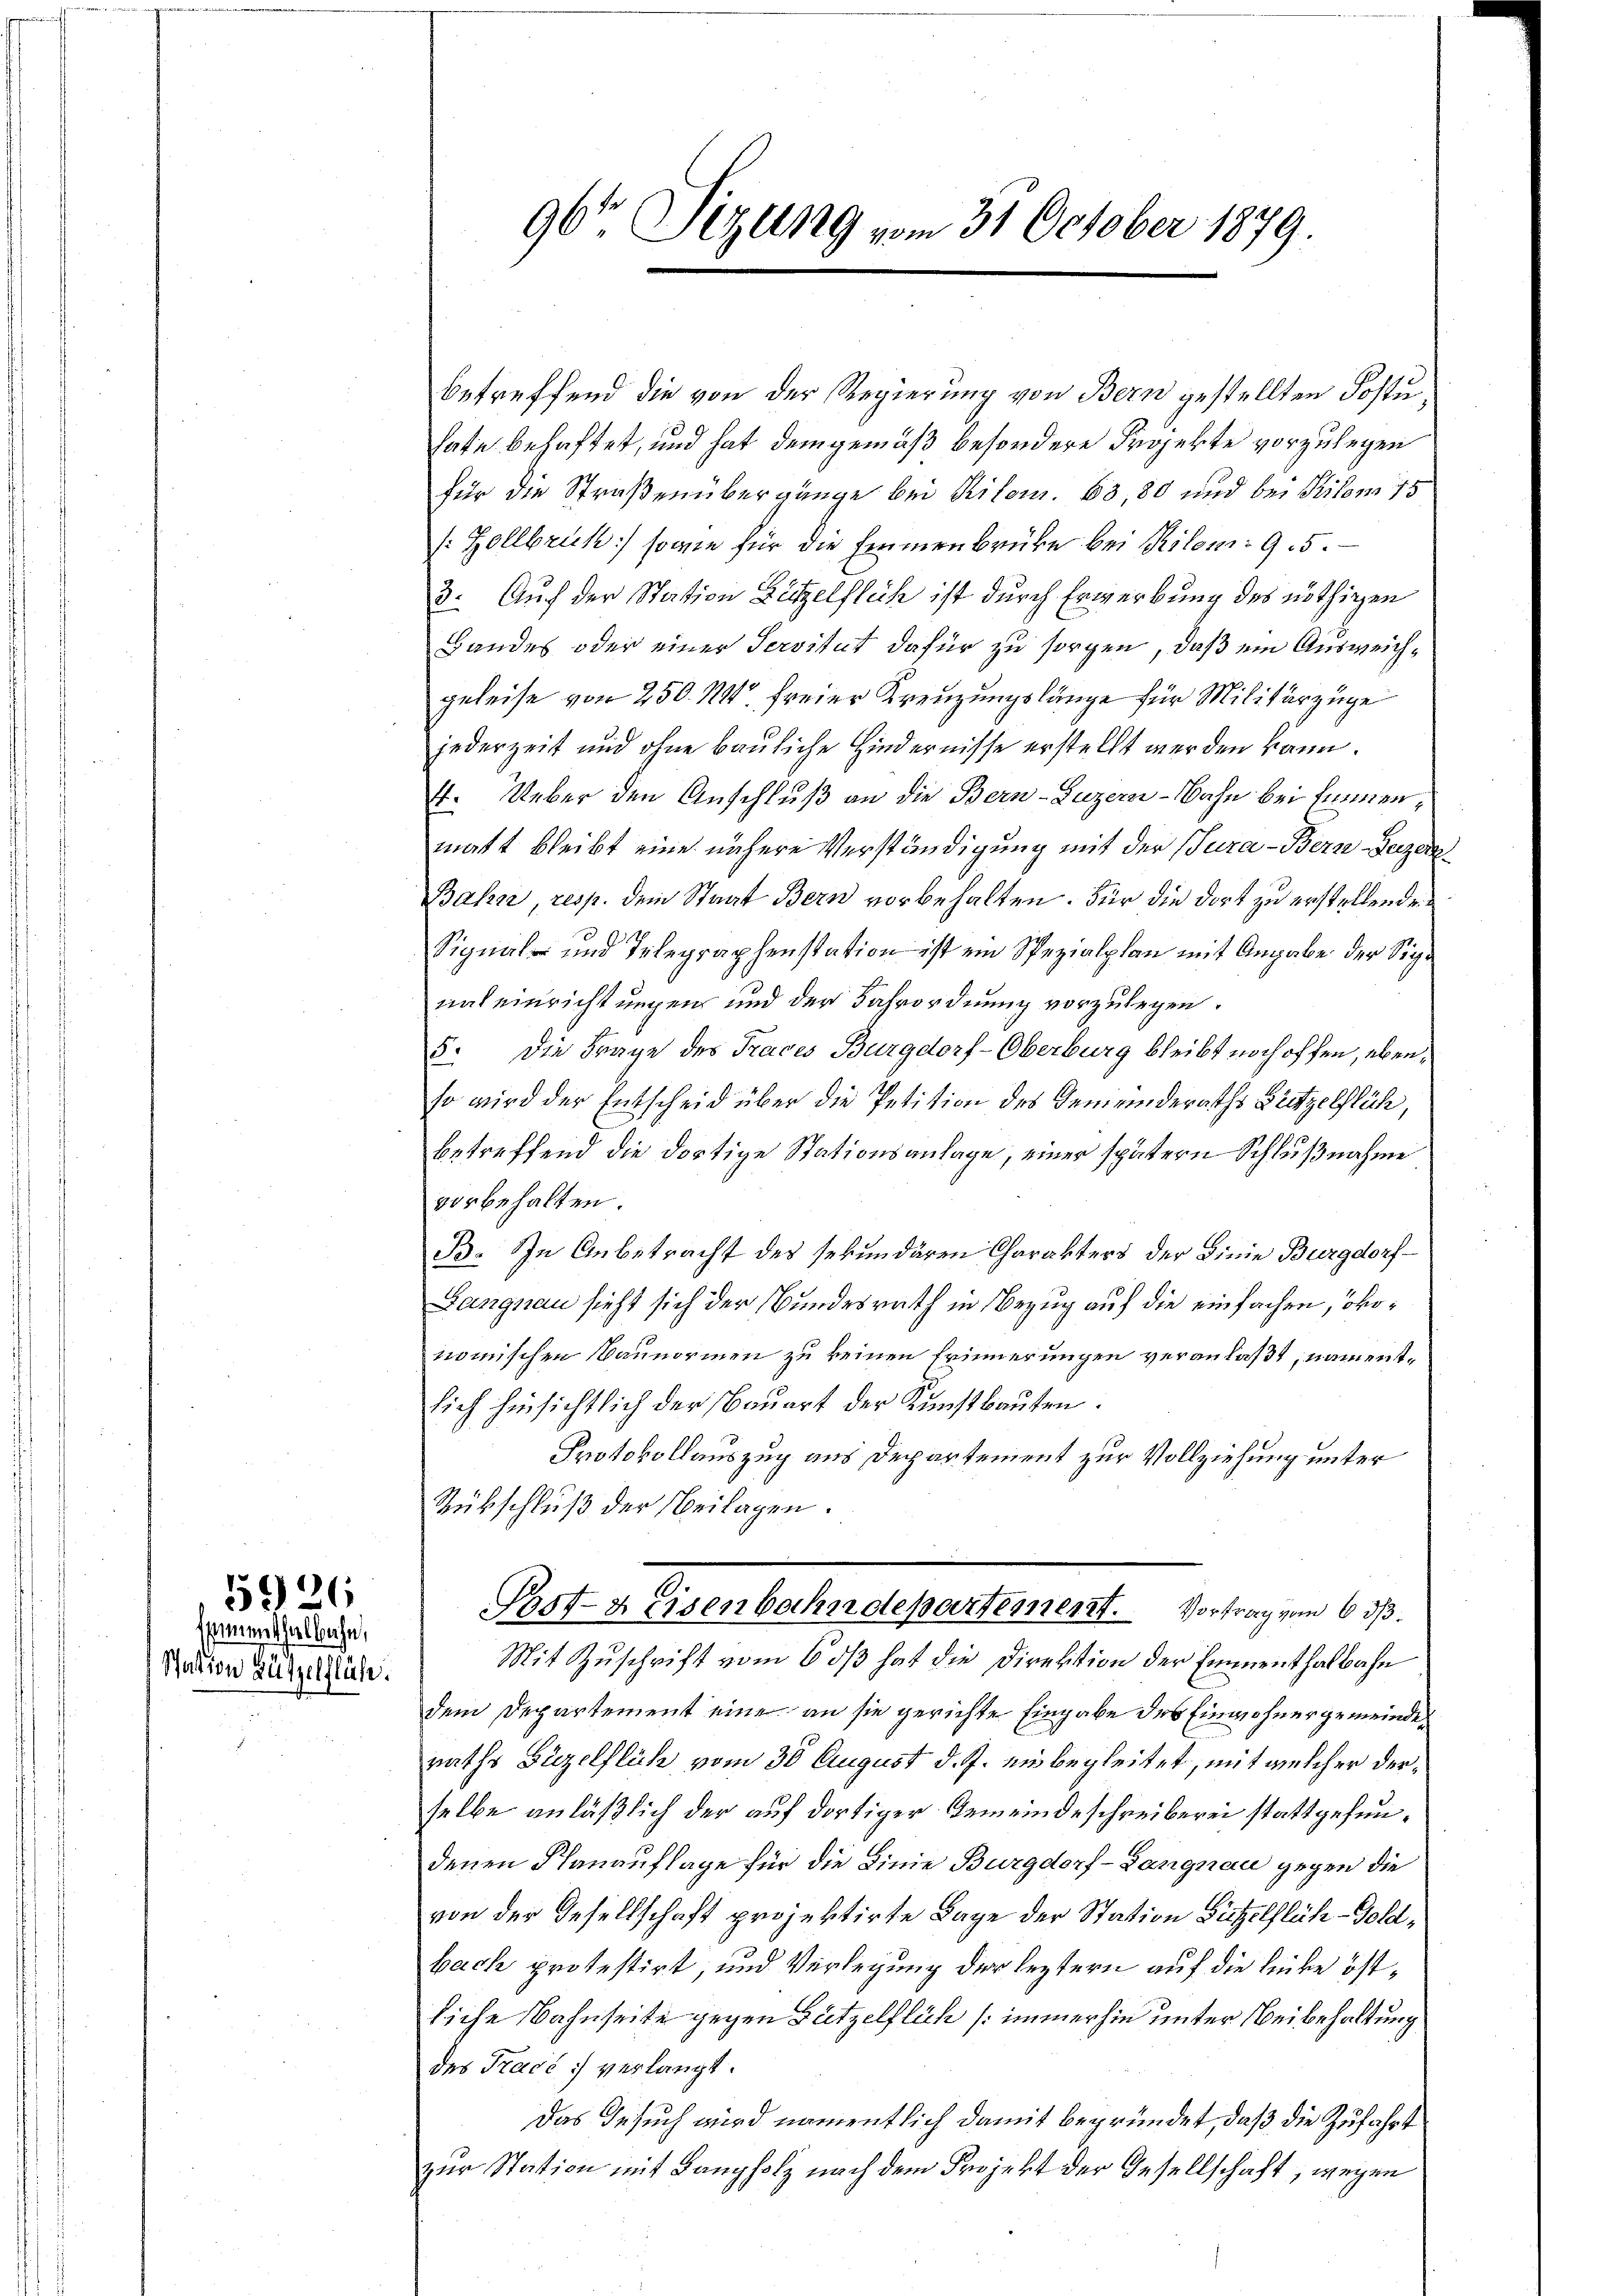
5996

ssementhalbahn,
Station Gützelflühe.

betreffend die von der Regierung von Bern gestellten Postu
Tate behaftet, und hat demgemäß besondere Projekte vorzulegen
für die Straßenübergänge bei Ritom. 63 80 und bei Pilon 15
/: Zollbruk sowie für die Emmenbrücke bei Kilom: 95.
3. Auch der Station Lützelflich ist durch Erwerbung des nöthigen
Bandes oder einer Servitut dafür zu sorgen, daß ein Ausweichgeleise von 250. M. freier Kreuzungslänge für Militärzüge
jederzeit und ohne bauliche Hindernisse erstellt werden kann.
4. Ueber den Anschluß an die Bern-Luzern - Bahn bei Emmenmatt bleibt eine nähere Verständigung mit der Jura-Berze-Geizer¬
Bahn, resp. dem Staat Bern vorbehalten. Für die dort zu erstellende
t
Signal und Telegraphenstation ist ein Spezialplan mit Angabe der Signat einrichtungen und der Fahrordnung vorzulegen.
5. Die Frage des Traces Burgdorf-Oberburg bleibt noch offen, ebenso wird der Entscheid über die Petition des Gemeinderaths Bettzelflüh,
betreffend die dortige Stationsanlage, einer spätern Schlußnahme
vorbehalten.
B. In Anbetracht des sekundären Charakters der Linie Burgdorf
Langnau sieht sich der Bundesrath in Bezug auf die einfachen, ökorömischen Baunormen zu keinen Erinnerungen veranlaßt, namentsich hinsichtlich der Bauert der Kunstbauten.
Protokollauszug aus Departement zur Vollziehung unter
Rübschluß der Beilagen.
Pot-Heisenbahndepartement. Vortrag von 6 d
Mit Zuschrift vom 6 ds hat die Direktion der Emmenthalbahn
dem Departement eine an sie gerichte Eingabe des Einwohnergemeindes
raths Bezelflich vom 30 August d. J. ein begleitet, mit welcher derselbe anläßlich der auf dortiger Gemeindeschreiberei stattgefundenen Planauflage für die Linie Burgdorf- Langnau gegen die
von der Gesellschaft projektirte Lage der Station Bützelflüh-Goldbach protestirt, und Verlegung der leztern auf die linke östdiese Bahnseite gegen Gützelflich /: immerhin unter Beibehaltung
des Tracé verlangt.
Das Gesuch wird namentlich damit begründet, daß die Zufahrt
zur Station mit Langholz nach dem Projekt der Gesellschaft, wegen

96' Sizung vom 31. October 1879.